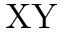
\mathrm { X Y }